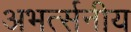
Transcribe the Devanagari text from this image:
अभर्त्सनीय